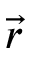
\vec { r }